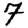
Digit: 7